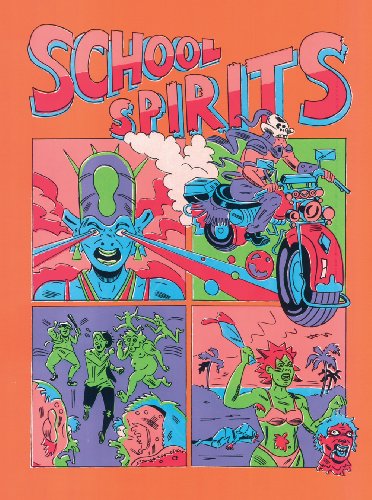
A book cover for Anya Davidson: School Spirits; Comics & Graphic Novels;